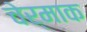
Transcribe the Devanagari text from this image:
चेर्माक